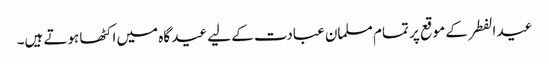
عید الفطر کے موقع پر تمام مسلمان عبادت کے لیے عید گاہ میں اکٹھا ہوتے ہیں۔